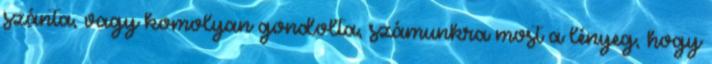
szánta, vagy komolyan gondolta, számunkra most a lényeg, hogy